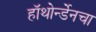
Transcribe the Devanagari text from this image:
हॉथोर्न्डेनचा